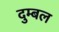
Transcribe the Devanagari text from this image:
दुम्बल